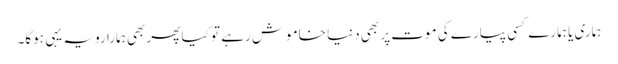
ہماری یا ہمارے کسی پیارے کی موت پر بھی دنیا خاموش رہے تو کیا پھر بھی ہمارا رویہ یہی ہوگا۔